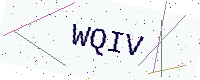
Text: WQIV